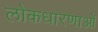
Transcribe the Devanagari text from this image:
लोकधारणाओं